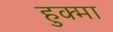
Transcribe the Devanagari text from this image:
हुक्मा